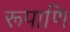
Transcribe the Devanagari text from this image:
रूपाणि